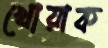
খোয়াক